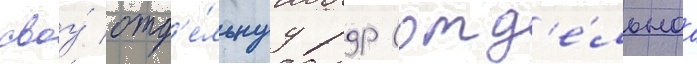
своу́ отд'е́льнуу рдр (отд'е́льнаа